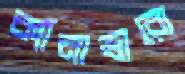
ক্যানাভারো